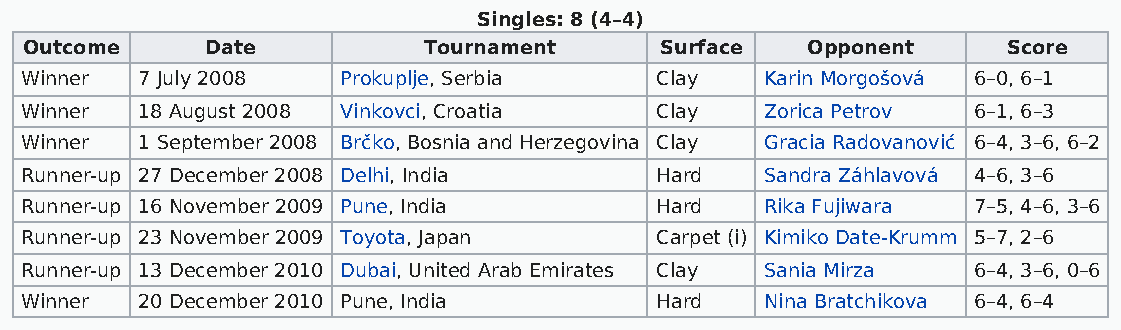
Singles: 8 (4–4)
 Outcome     Date          Tournament      Surface  Opponent      Score
 Winner  7 July 2008   Prokuplje, Serbia   Clay    Karin Morgošová 6–0, 6–1
 Winner  18 August 2008 Vinkovci, Croatia  Clay    Zorica Petrov 6–1, 6–3
 Winner  1 September 2008 Brčko, Bosnia and Herzegovina Clay Gracia Radovanović 6–4, 3–6, 6–2
 Runner-up 27 December 2008 Delhi, India   Hard    Sandra Záhlavová 4–6, 3–6
 Runner-up 16 November 2009 Pune, India    Hard    Rika Fujiwara 7–5, 4–6, 3–6
 Runner-up 23 November 2009 Toyota, Japan  Carpet (i) Kimiko Date-Krumm 5–7, 2–6
 Runner-up 13 December 2010 Dubai, United Arab Emirates Clay Sania Mirza 6–4, 3–6, 0–6
 Winner  20 December 2010 Pune, India      Hard    Nina Bratchikova 6–4, 6–4